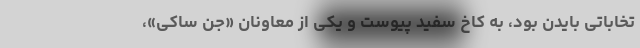
تخاباتی بایدن بود، به کاخ سفید پیوست و یکی از معاونان «جن ساکی»،